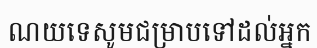
ណយទេសូមជម្រាបទៅដល់អ្នក